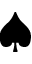
\spadesuit